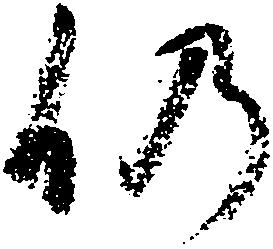
仍